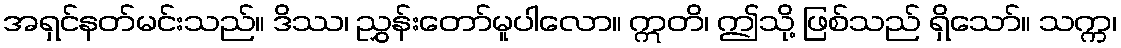
အရှင်နတ်မင်းသည်။ ဒိဿ၊ ညွှန်းတော်မူပါလော။ ဣတိ၊ ဤသို့ ဖြစ်သည် ရှိသော်။ သက္က၊